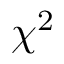
\chi ^ { 2 }